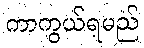
ကာကွယ်ရမည်